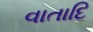
વાતાદિ